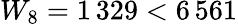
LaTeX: W_{8}=1\, 329<6\, 561